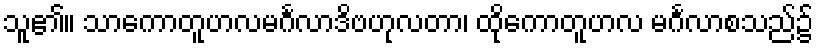
သူ၏။ သာကောတူဟလမင်္ဂလာဒိဗဟုလတာ၊ ထိုကောတူဟလ မင်္ဂလာစသည်၌